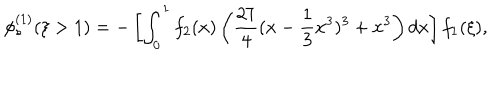
\phi _ { s } ^ { ( 1 ) } ( \xi > 1 ) = - \left[ \int _ { 0 } ^ { 1 } f _ { 2 } ( x ) \left( \frac { 2 7 } { 4 } ( x - \frac { 1 } { 3 } x ^ { 3 } ) ^ { 3 } + x ^ { 3 } \right) d x \right] f _ { 1 } ( \xi ) ,